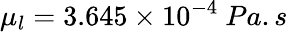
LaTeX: \mu_{l}=3.645\times 10^{-4}~Pa.s